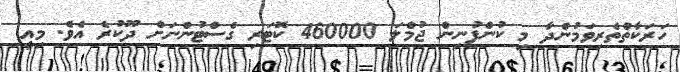
ހަރަކާތްތެރިވަމުންދާ މި ކުންފުނިން ޖުމްލަ 460000 ކޮޓަރި ގެސްޓުންނަށް ދޫކުރެ އެވެ. މިއީ